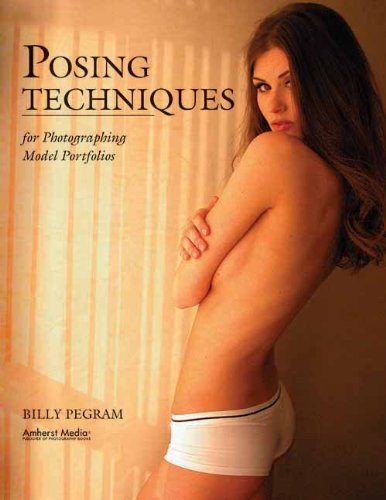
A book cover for Posing Techniques for Photographing Model Portfolios; Billy Pegram; Humor & Entertainment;